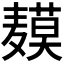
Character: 𬹍